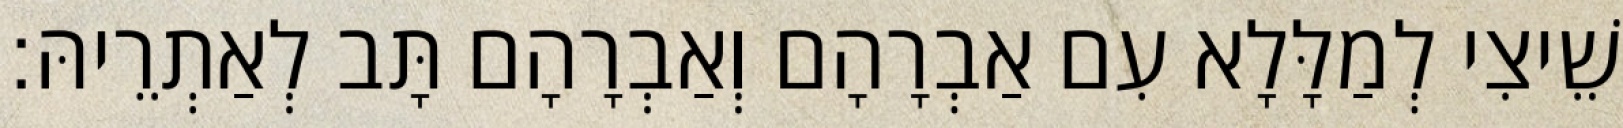
שֵׁיצִי לְמַלָּלָא עִם אַבְרָהָם וְאַבְרָהָם תָּב לְאַתְרֵיהּ׃